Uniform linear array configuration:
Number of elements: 32
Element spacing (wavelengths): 1
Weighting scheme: cosine
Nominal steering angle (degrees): -45
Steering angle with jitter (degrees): -43.446
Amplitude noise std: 0.05
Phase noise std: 0.05

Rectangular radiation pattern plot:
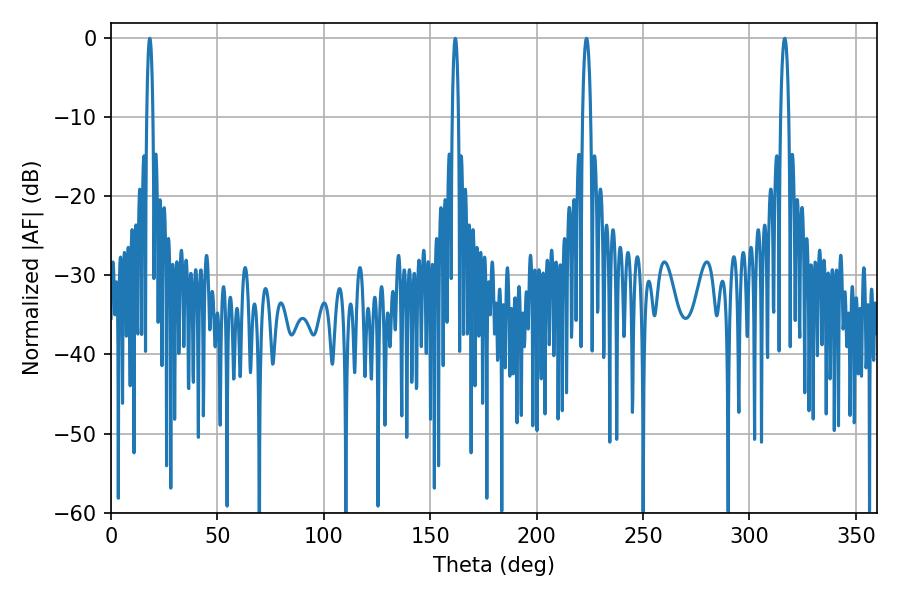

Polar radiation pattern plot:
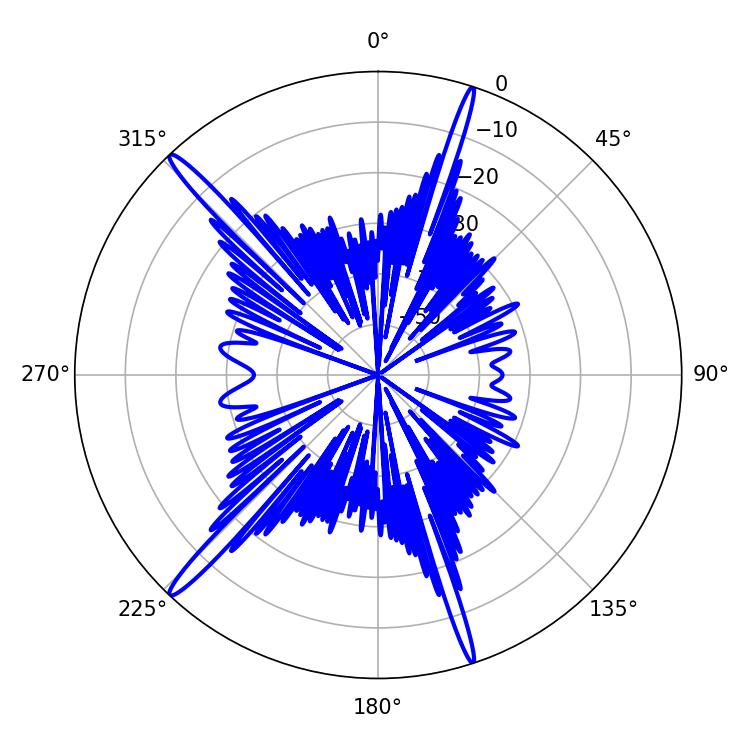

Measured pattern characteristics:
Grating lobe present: TRUE
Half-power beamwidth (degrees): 1.62
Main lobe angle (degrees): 18.18